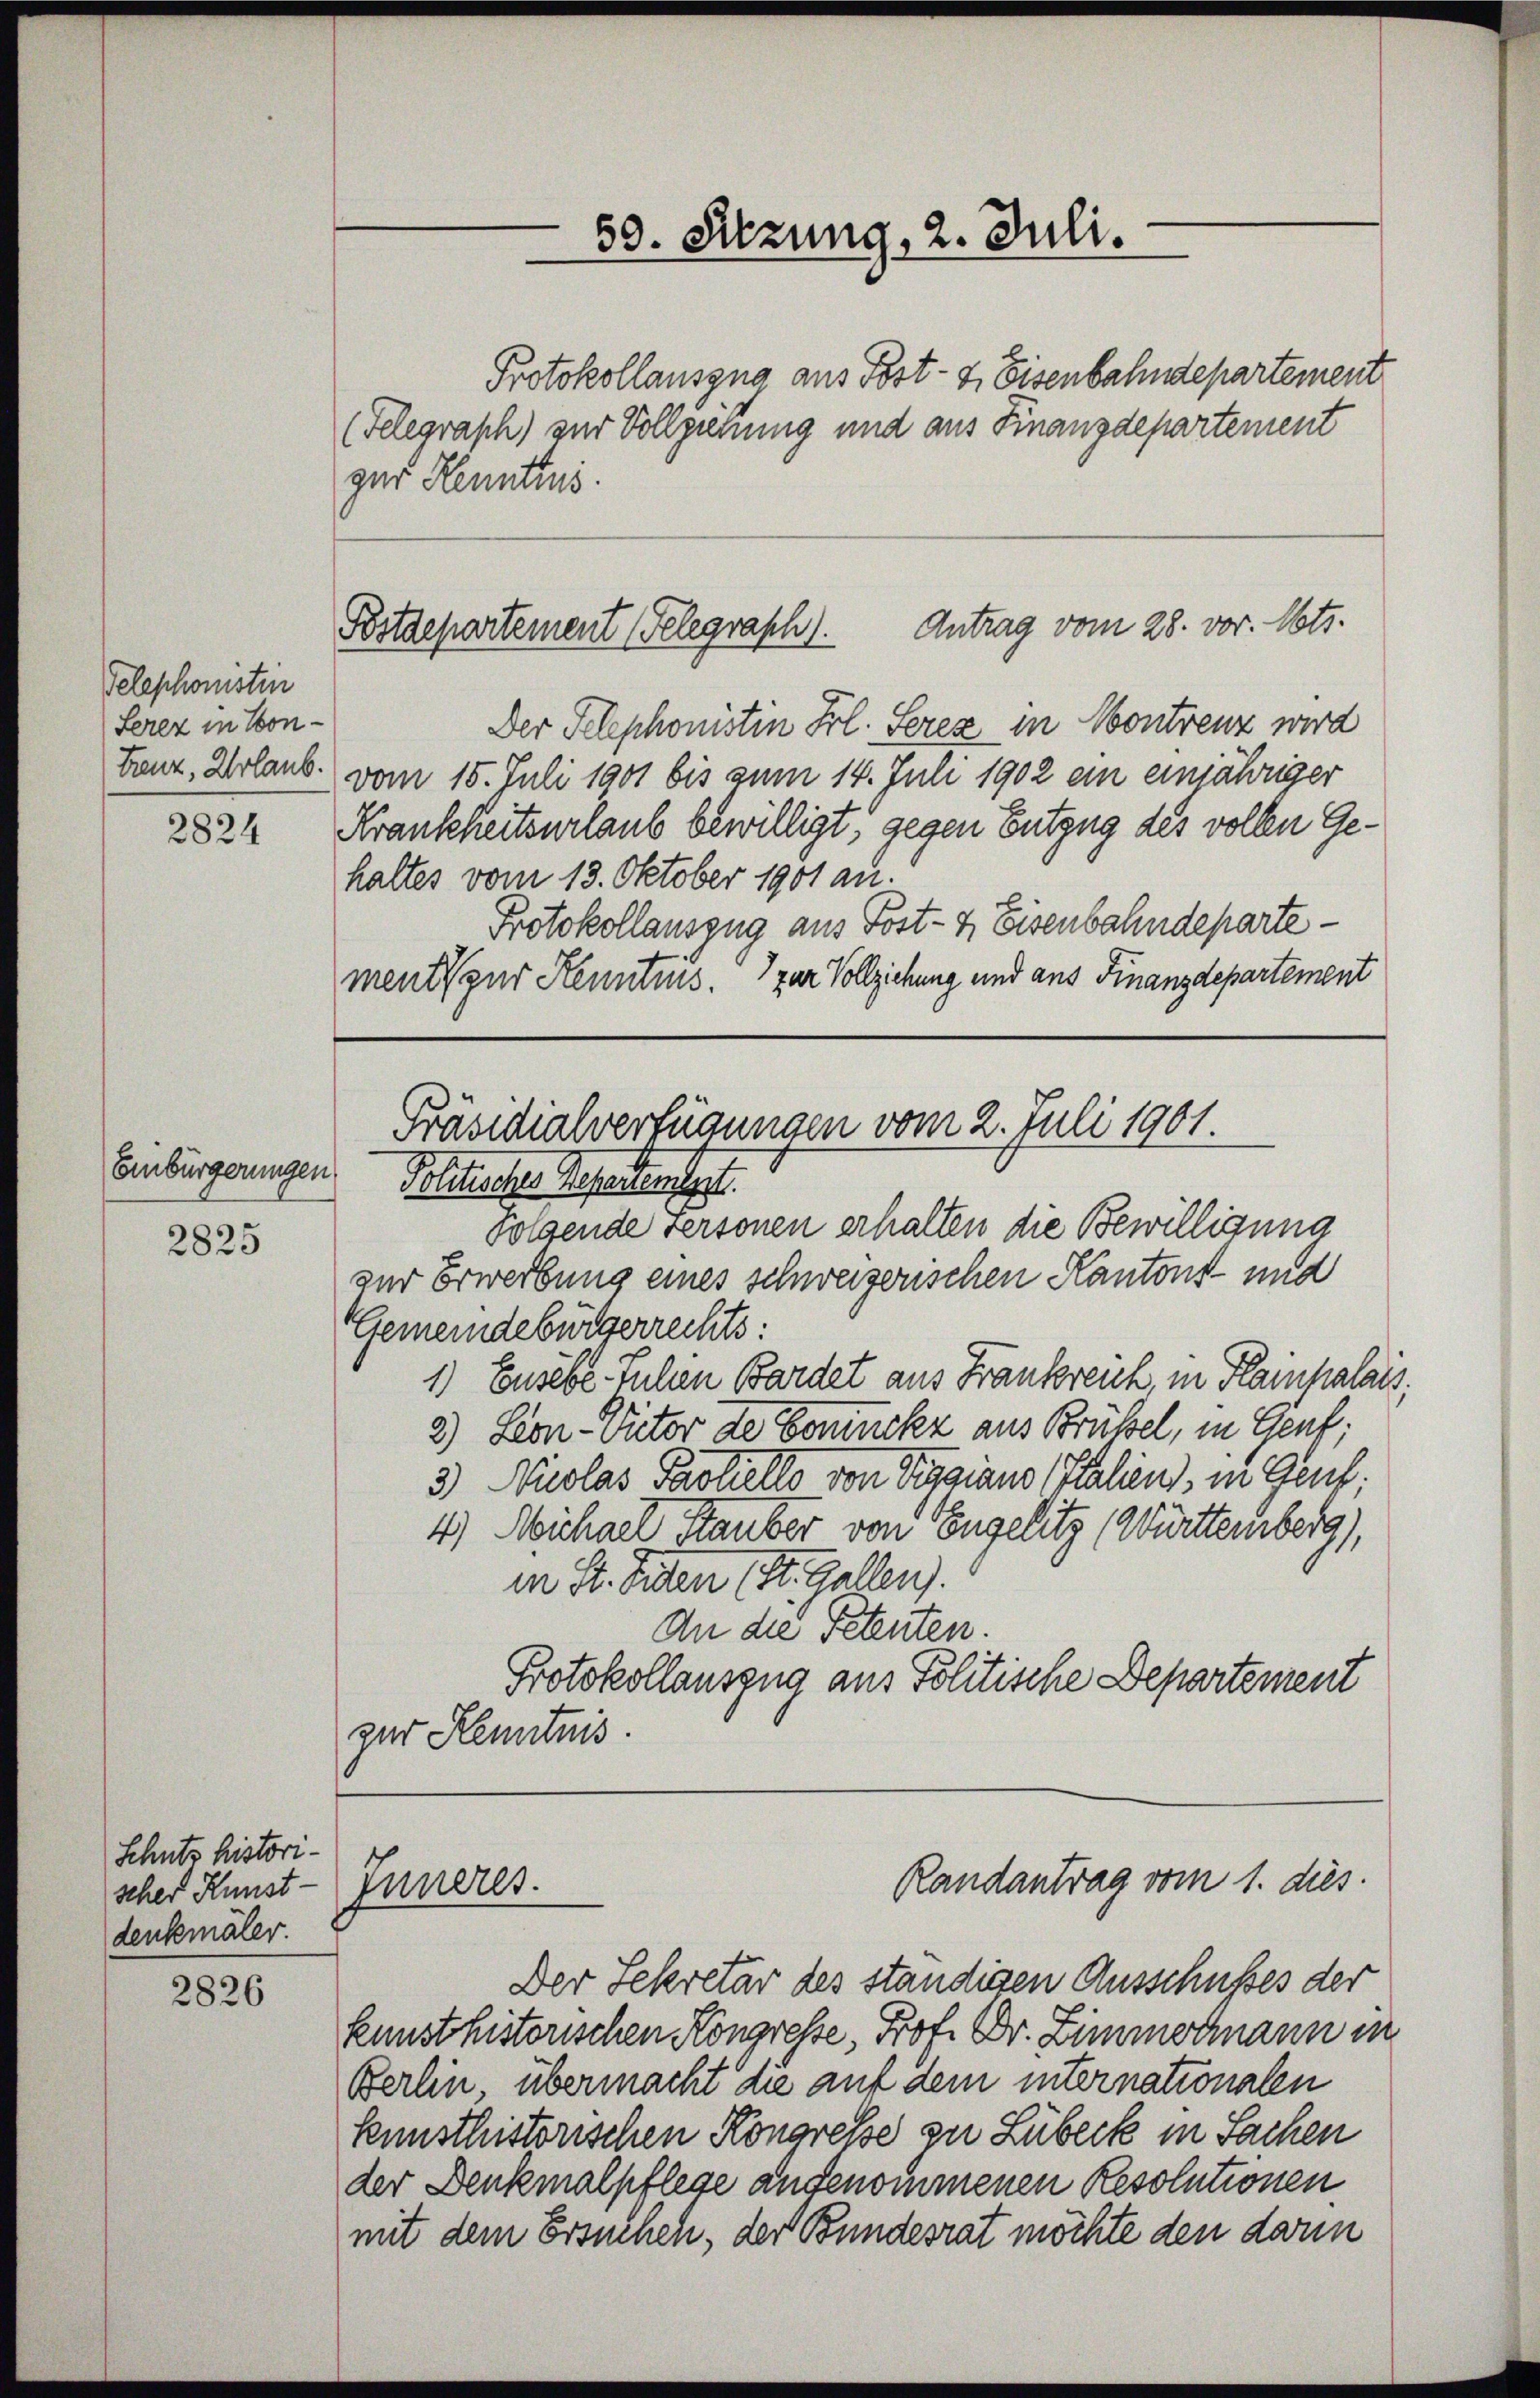
Telephonstin
Serez in Contreuz, Urlaub
2824

Einbürgerungen

2825

Schutz historischer Kunst-
denkmäler.

2826

Protokollauszug aus Post- & Eisenbahndepartement
(Felegraph) zur Vollziehung und aus Finanzdepartement
Der Telephonistin Frl. Serez in Montrenz wird
vom 15. Juli 1901 bis zum 14. Juli 1902 ein einjähriger
Krankheitsurlaub bewilligt, gegen Entzug des vollen Gehaltes vom 13. Oktober 1901 an.
Protokollauszug aus Post- & Eisenbahndepartement zur Kenntnis. zur Vollziehung und ans Finanzdepartement

zur Kenntini.

Bstdepartement (Telegraph). Antrag vom 28. vor. Mts.

Randantrag vom 1. dies
Inneres.

Präsidialverfügungen vom 2. Juli 1901.
Politisches Reparten sagt.
folgende versonen erhalten die Bewilligung

59. Sitzung, 2. Juli.

zur Erwerbung eines schweizerischen Kantons- und
Gemeindebürgerrechts:
1.) Ensebe. Sulen Bardet aus Frankreich, in Flainpalais.
2) Lon-Victor de Comuck aus Brübsel, in Genf;
3.) Nicolas Partiello von Teiggians Italiens, in Genf
4) Michael Stauber von Engelitz (Württemberg),
in St. Jeden (St. Gallen).
An die Petenten.
Protokollauszug aus Politische Departement
zur Kenntnis.

Der Sekretär des ständigen Ausschußes der
kennst historischen Kongresse, Prof. Dr. Zimmermann in
Berlin, übermacht die auf dem internationalen
kunsthistorischen Kongresse zu Lübeck in Sachen
der Denkmalpflege angenommenen Resolutionen
mit dem Ersuchen, der Bundesrat möchte den darum